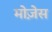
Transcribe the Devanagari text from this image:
मोजे़स